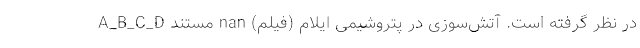
در نظر گرفته است. آتش‌سوزی در پتروشیمی ایلام (فیلم) nan مستند A_B_C_D